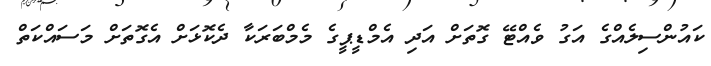
ކައުންސިލެއްގެ އަގު ވެއްޓޭ ގޮތަށް އަދި އެމްޑީޕީގެ މެމްބަރަކާ ދެކޮޅަށް އެގޮތަށް މަސައްކަތް